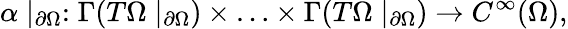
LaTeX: \alpha\mid_{\partial\Omega}:\Gamma(T\Omega\mid_{\partial\Omega})\times\ldots\times\Gamma(T\Omega\mid_{\partial\Omega})\to C^{\infty}(\Omega),